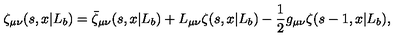
\zeta _ { \mu \nu } ( s , x | L _ { b } ) = \bar { \zeta } _ { \mu \nu } ( s , x | L _ { b } ) + L _ { \mu \nu } \zeta ( s , x | L _ { b } ) - { \frac { 1 } { 2 } } g _ { \mu \nu } \zeta ( s - 1 , x | L _ { b } ) ,